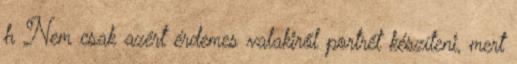
h Nem csak azért érdemes valakiről portrét készíteni, mert